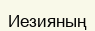
Иезияның